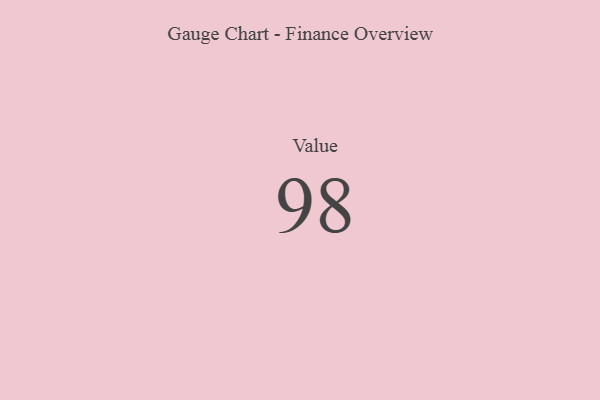
{"axis": {"x": "Metric", "y": "Value"}, "legend": [""], "data": [{"x": "Value", "y": 98, "type": ""}]}